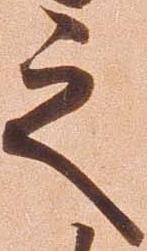
之